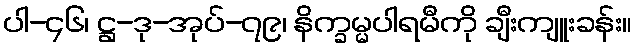
ပါ-၄၆၊ ဋ္ဌ-ဒု-အုပ်-၇၉၊ နိက္ခမ္မပါရမီကို ချီးကျူးခန်း။